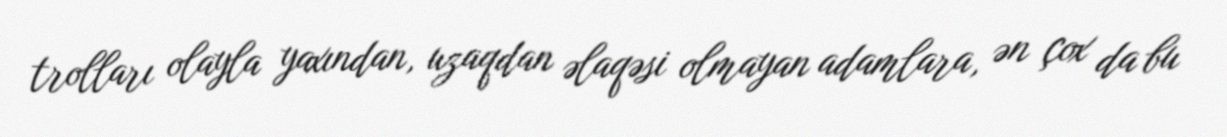
trolları olayla yaxından, uzaqdan əlaqəsi olmayan adamlara, ən çox da bu